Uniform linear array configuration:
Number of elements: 16
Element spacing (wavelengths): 1
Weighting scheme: kaiser
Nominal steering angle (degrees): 45
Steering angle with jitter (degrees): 46.957
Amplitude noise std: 0.05
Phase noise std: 0.05

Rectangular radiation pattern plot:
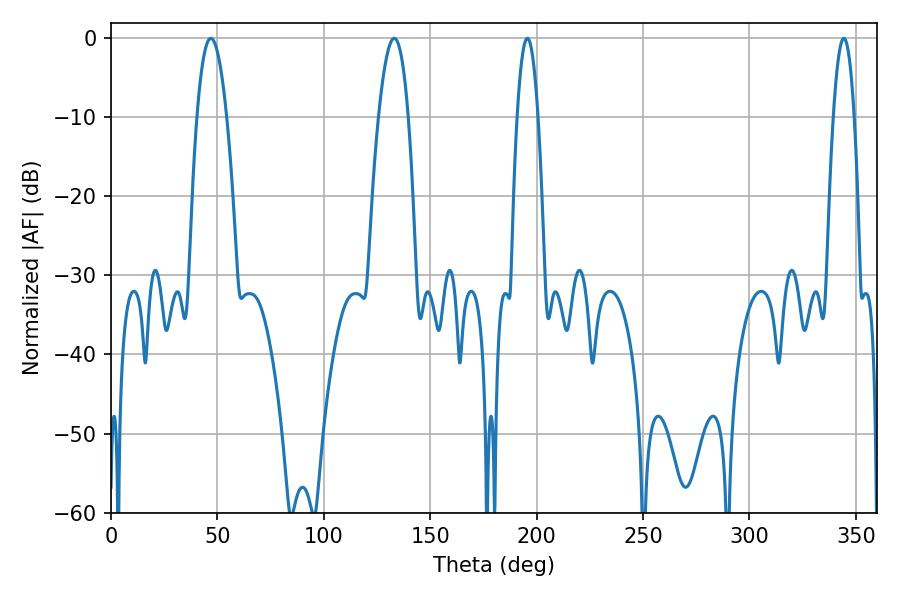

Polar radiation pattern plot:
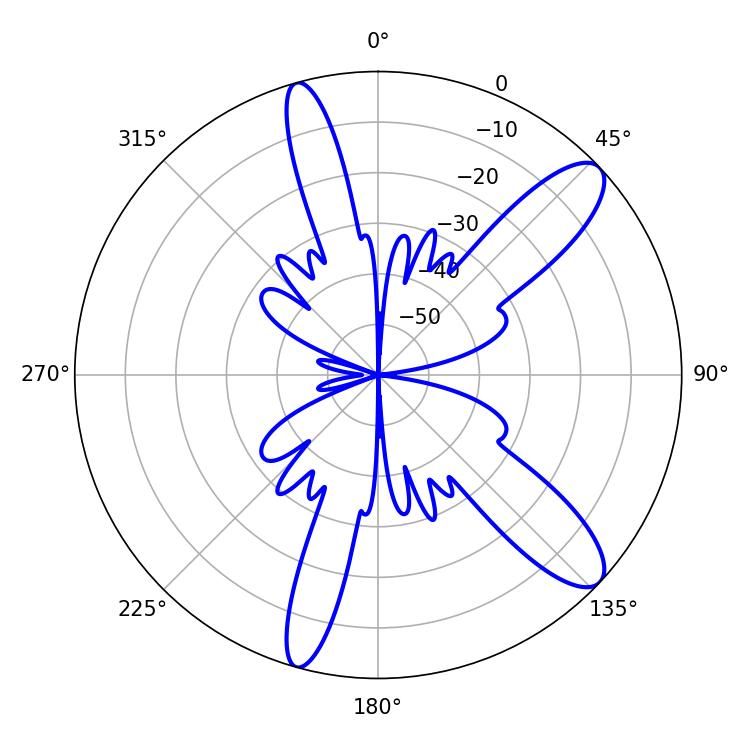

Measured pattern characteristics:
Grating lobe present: TRUE
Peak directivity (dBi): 11.063
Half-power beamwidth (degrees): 5.4
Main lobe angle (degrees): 195.66